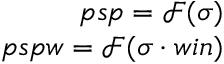
\begin{array} { r } { p s p = \mathcal { F } ( \sigma ) } \\ { p s p w = \mathcal { F } ( \sigma \cdot w i n ) } \end{array}